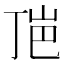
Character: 𰎕